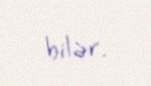
bilər.